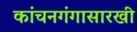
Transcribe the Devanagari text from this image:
कांचनगंगासारखी